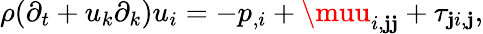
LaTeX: \rho(\partial_{t}+u_{k}\partial_{k})u_{i}=-p_{,i}+\muu_{i,\mathbf{j}\mathbf{j}}+\tau_{\mathbf{j}i,\mathbf{j}},